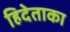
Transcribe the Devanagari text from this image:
हिदेताका